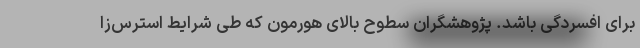
برای افسردگی باشد. پژوهشگران سطوح بالای هورمون که طی شرایط استرس‌زا